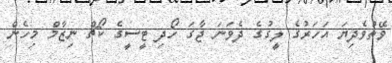
ވޭތުވެދިޔަ އަހަރުގެ ލީގުގެ ދެވަނަ ޖާގަ ހޯދި ޓީސީގެ ކޯޗް ނިޒާމް މިހެން